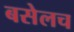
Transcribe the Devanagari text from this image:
बसेलच